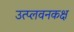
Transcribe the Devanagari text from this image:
उत्प्लवनकक्ष